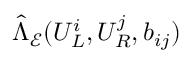
\hat { \Lambda } _ { \mathcal { E } } ( U _ { L } ^ { i } , U _ { R } ^ { j } , b _ { i j } )